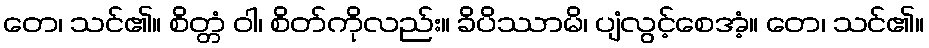
တေ၊ သင်၏။ စိတ္တံ ဝါ၊ စိတ်ကိုလည်း။ ခိပိဿာမိ၊ ပျံလွင့်စေအံ့။ တေ၊ သင်၏။